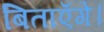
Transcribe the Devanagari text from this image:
बिताएँगे।